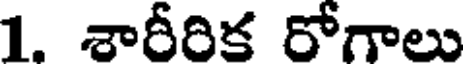
1. శారీరిక రోగాలు